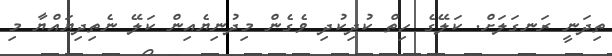
ތިދަނީ ރަނގަލަށް. ކަލޭގެ ހިތް ކުދިކުދި ވެގެން މިދުނިޔެއިން ކަލޭ ނެތިދިޔައްޔާ މި